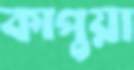
কাপুয়া